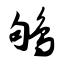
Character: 鸲